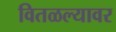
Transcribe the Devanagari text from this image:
वितळल्यावर